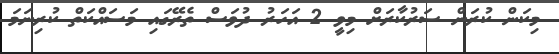
މިކަން ކުރަން ސަރުކާރަށް މިވީ 2 އަހަރު ދުވަސް ތެރޭގައި މަސައްކަތް ކުރިނަމަ